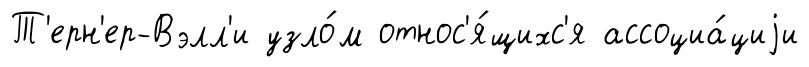
Т'ерн'ер-Вэлл'и узло́м относ'я́щихс'я ассоциа́циjи